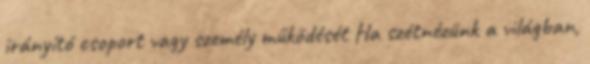
irányító csoport vagy személy működését Ha szétnézünk a világban,